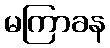
မကြာခန